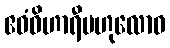
ဧဝံဝိဟာရီဗဟုလောဓ